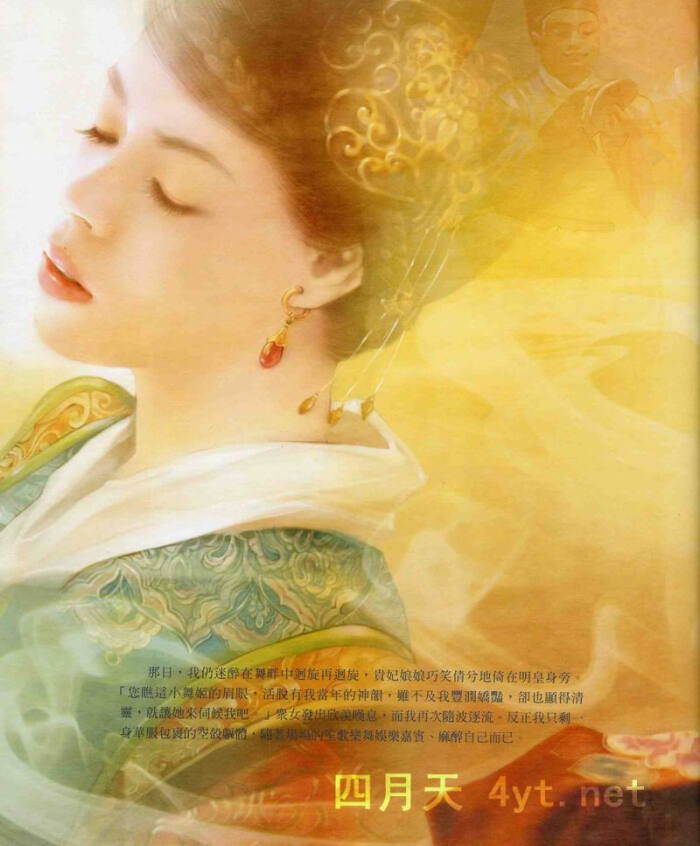
紫黯红愁无绪，日暮春归甚处？